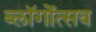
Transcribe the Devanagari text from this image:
ब्लॉगोंत्सव